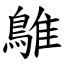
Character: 鵻